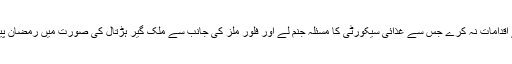
صوبائی حکومت ایسے اقدامات نہ کرے جس سے غذائی سیکورٹی کا مسئلہ جنم لے اور فلور ملز کی جانب سے ملک گیر ہڑتال کی صورت میں رمضان پیکج بھی ناکام ہو جائے۔